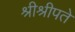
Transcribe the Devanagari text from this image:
श्रीश्रीपते